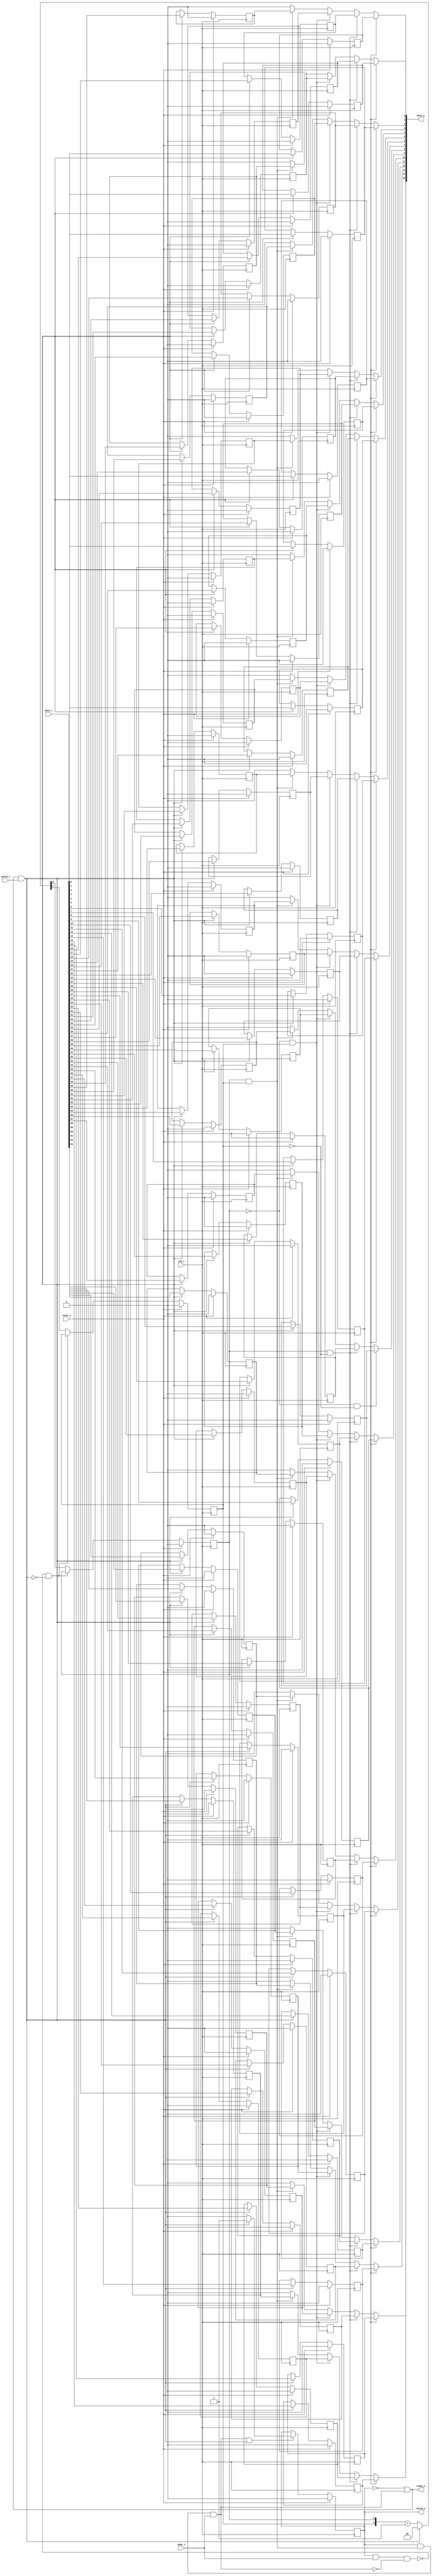
module bsg_parallel_in_serial_out_width_p16_els_p4
(
  clk_i,
  reset_i,
  valid_i,
  data_i,
  ready_o,
  valid_o,
  data_o,
  yumi_i
);

  input [63:0] data_i;
  output [15:0] data_o;
  input clk_i;
  input reset_i;
  input valid_i;
  input yumi_i;
  output ready_o;
  output valid_o;
  wire [15:0] data_o;
  wire ready_o,valid_o,N0,N1,piso_done_tx_n,N2,N3,N4,N5,N6,N7,N8,N9,N10,N11,N12,N13,
  N14,N15,N16,N17,N18,N19,N20,N21,N22,N23,N24,N25,N26,N27;
  wire [1:0] piso_shift_ctr_r;
  wire [0:0] piso_state_n;
  wire [63:0] piso_data_r;
  reg valid_o_sv2v_reg,piso_data_r_63_sv2v_reg,piso_data_r_62_sv2v_reg,
  piso_data_r_61_sv2v_reg,piso_data_r_60_sv2v_reg,piso_data_r_59_sv2v_reg,
  piso_data_r_58_sv2v_reg,piso_data_r_57_sv2v_reg,piso_data_r_56_sv2v_reg,piso_data_r_55_sv2v_reg,
  piso_data_r_54_sv2v_reg,piso_data_r_53_sv2v_reg,piso_data_r_52_sv2v_reg,
  piso_data_r_51_sv2v_reg,piso_data_r_50_sv2v_reg,piso_data_r_49_sv2v_reg,
  piso_data_r_48_sv2v_reg,piso_data_r_47_sv2v_reg,piso_data_r_46_sv2v_reg,piso_data_r_45_sv2v_reg,
  piso_data_r_44_sv2v_reg,piso_data_r_43_sv2v_reg,piso_data_r_42_sv2v_reg,
  piso_data_r_41_sv2v_reg,piso_data_r_40_sv2v_reg,piso_data_r_39_sv2v_reg,
  piso_data_r_38_sv2v_reg,piso_data_r_37_sv2v_reg,piso_data_r_36_sv2v_reg,piso_data_r_35_sv2v_reg,
  piso_data_r_34_sv2v_reg,piso_data_r_33_sv2v_reg,piso_data_r_32_sv2v_reg,
  piso_data_r_31_sv2v_reg,piso_data_r_30_sv2v_reg,piso_data_r_29_sv2v_reg,
  piso_data_r_28_sv2v_reg,piso_data_r_27_sv2v_reg,piso_data_r_26_sv2v_reg,piso_data_r_25_sv2v_reg,
  piso_data_r_24_sv2v_reg,piso_data_r_23_sv2v_reg,piso_data_r_22_sv2v_reg,
  piso_data_r_21_sv2v_reg,piso_data_r_20_sv2v_reg,piso_data_r_19_sv2v_reg,
  piso_data_r_18_sv2v_reg,piso_data_r_17_sv2v_reg,piso_data_r_16_sv2v_reg,piso_data_r_15_sv2v_reg,
  piso_data_r_14_sv2v_reg,piso_data_r_13_sv2v_reg,piso_data_r_12_sv2v_reg,
  piso_data_r_11_sv2v_reg,piso_data_r_10_sv2v_reg,piso_data_r_9_sv2v_reg,piso_data_r_8_sv2v_reg,
  piso_data_r_7_sv2v_reg,piso_data_r_6_sv2v_reg,piso_data_r_5_sv2v_reg,
  piso_data_r_4_sv2v_reg,piso_data_r_3_sv2v_reg,piso_data_r_2_sv2v_reg,piso_data_r_1_sv2v_reg,
  piso_data_r_0_sv2v_reg,piso_shift_ctr_r_1_sv2v_reg,piso_shift_ctr_r_0_sv2v_reg;
  assign valid_o = valid_o_sv2v_reg;
  assign piso_data_r[63] = piso_data_r_63_sv2v_reg;
  assign piso_data_r[62] = piso_data_r_62_sv2v_reg;
  assign piso_data_r[61] = piso_data_r_61_sv2v_reg;
  assign piso_data_r[60] = piso_data_r_60_sv2v_reg;
  assign piso_data_r[59] = piso_data_r_59_sv2v_reg;
  assign piso_data_r[58] = piso_data_r_58_sv2v_reg;
  assign piso_data_r[57] = piso_data_r_57_sv2v_reg;
  assign piso_data_r[56] = piso_data_r_56_sv2v_reg;
  assign piso_data_r[55] = piso_data_r_55_sv2v_reg;
  assign piso_data_r[54] = piso_data_r_54_sv2v_reg;
  assign piso_data_r[53] = piso_data_r_53_sv2v_reg;
  assign piso_data_r[52] = piso_data_r_52_sv2v_reg;
  assign piso_data_r[51] = piso_data_r_51_sv2v_reg;
  assign piso_data_r[50] = piso_data_r_50_sv2v_reg;
  assign piso_data_r[49] = piso_data_r_49_sv2v_reg;
  assign piso_data_r[48] = piso_data_r_48_sv2v_reg;
  assign piso_data_r[47] = piso_data_r_47_sv2v_reg;
  assign piso_data_r[46] = piso_data_r_46_sv2v_reg;
  assign piso_data_r[45] = piso_data_r_45_sv2v_reg;
  assign piso_data_r[44] = piso_data_r_44_sv2v_reg;
  assign piso_data_r[43] = piso_data_r_43_sv2v_reg;
  assign piso_data_r[42] = piso_data_r_42_sv2v_reg;
  assign piso_data_r[41] = piso_data_r_41_sv2v_reg;
  assign piso_data_r[40] = piso_data_r_40_sv2v_reg;
  assign piso_data_r[39] = piso_data_r_39_sv2v_reg;
  assign piso_data_r[38] = piso_data_r_38_sv2v_reg;
  assign piso_data_r[37] = piso_data_r_37_sv2v_reg;
  assign piso_data_r[36] = piso_data_r_36_sv2v_reg;
  assign piso_data_r[35] = piso_data_r_35_sv2v_reg;
  assign piso_data_r[34] = piso_data_r_34_sv2v_reg;
  assign piso_data_r[33] = piso_data_r_33_sv2v_reg;
  assign piso_data_r[32] = piso_data_r_32_sv2v_reg;
  assign piso_data_r[31] = piso_data_r_31_sv2v_reg;
  assign piso_data_r[30] = piso_data_r_30_sv2v_reg;
  assign piso_data_r[29] = piso_data_r_29_sv2v_reg;
  assign piso_data_r[28] = piso_data_r_28_sv2v_reg;
  assign piso_data_r[27] = piso_data_r_27_sv2v_reg;
  assign piso_data_r[26] = piso_data_r_26_sv2v_reg;
  assign piso_data_r[25] = piso_data_r_25_sv2v_reg;
  assign piso_data_r[24] = piso_data_r_24_sv2v_reg;
  assign piso_data_r[23] = piso_data_r_23_sv2v_reg;
  assign piso_data_r[22] = piso_data_r_22_sv2v_reg;
  assign piso_data_r[21] = piso_data_r_21_sv2v_reg;
  assign piso_data_r[20] = piso_data_r_20_sv2v_reg;
  assign piso_data_r[19] = piso_data_r_19_sv2v_reg;
  assign piso_data_r[18] = piso_data_r_18_sv2v_reg;
  assign piso_data_r[17] = piso_data_r_17_sv2v_reg;
  assign piso_data_r[16] = piso_data_r_16_sv2v_reg;
  assign piso_data_r[15] = piso_data_r_15_sv2v_reg;
  assign piso_data_r[14] = piso_data_r_14_sv2v_reg;
  assign piso_data_r[13] = piso_data_r_13_sv2v_reg;
  assign piso_data_r[12] = piso_data_r_12_sv2v_reg;
  assign piso_data_r[11] = piso_data_r_11_sv2v_reg;
  assign piso_data_r[10] = piso_data_r_10_sv2v_reg;
  assign piso_data_r[9] = piso_data_r_9_sv2v_reg;
  assign piso_data_r[8] = piso_data_r_8_sv2v_reg;
  assign piso_data_r[7] = piso_data_r_7_sv2v_reg;
  assign piso_data_r[6] = piso_data_r_6_sv2v_reg;
  assign piso_data_r[5] = piso_data_r_5_sv2v_reg;
  assign piso_data_r[4] = piso_data_r_4_sv2v_reg;
  assign piso_data_r[3] = piso_data_r_3_sv2v_reg;
  assign piso_data_r[2] = piso_data_r_2_sv2v_reg;
  assign piso_data_r[1] = piso_data_r_1_sv2v_reg;
  assign piso_data_r[0] = piso_data_r_0_sv2v_reg;
  assign piso_shift_ctr_r[1] = piso_shift_ctr_r_1_sv2v_reg;
  assign piso_shift_ctr_r[0] = piso_shift_ctr_r_0_sv2v_reg;

  always @(posedge clk_i) begin
    if(reset_i) begin
      valid_o_sv2v_reg <= 1'b0;
    end else if(N3) begin
      valid_o_sv2v_reg <= piso_state_n[0];
    end 
  end


  always @(posedge clk_i) begin
    if(reset_i) begin
      piso_data_r_63_sv2v_reg <= 1'b0;
    end else if(N6) begin
      piso_data_r_63_sv2v_reg <= data_i[63];
    end 
  end


  always @(posedge clk_i) begin
    if(reset_i) begin
      piso_data_r_62_sv2v_reg <= 1'b0;
    end else if(N6) begin
      piso_data_r_62_sv2v_reg <= data_i[62];
    end 
  end


  always @(posedge clk_i) begin
    if(reset_i) begin
      piso_data_r_61_sv2v_reg <= 1'b0;
    end else if(N6) begin
      piso_data_r_61_sv2v_reg <= data_i[61];
    end 
  end


  always @(posedge clk_i) begin
    if(reset_i) begin
      piso_data_r_60_sv2v_reg <= 1'b0;
    end else if(N6) begin
      piso_data_r_60_sv2v_reg <= data_i[60];
    end 
  end


  always @(posedge clk_i) begin
    if(reset_i) begin
      piso_data_r_59_sv2v_reg <= 1'b0;
    end else if(N6) begin
      piso_data_r_59_sv2v_reg <= data_i[59];
    end 
  end


  always @(posedge clk_i) begin
    if(reset_i) begin
      piso_data_r_58_sv2v_reg <= 1'b0;
    end else if(N6) begin
      piso_data_r_58_sv2v_reg <= data_i[58];
    end 
  end


  always @(posedge clk_i) begin
    if(reset_i) begin
      piso_data_r_57_sv2v_reg <= 1'b0;
    end else if(N6) begin
      piso_data_r_57_sv2v_reg <= data_i[57];
    end 
  end


  always @(posedge clk_i) begin
    if(reset_i) begin
      piso_data_r_56_sv2v_reg <= 1'b0;
    end else if(N6) begin
      piso_data_r_56_sv2v_reg <= data_i[56];
    end 
  end


  always @(posedge clk_i) begin
    if(reset_i) begin
      piso_data_r_55_sv2v_reg <= 1'b0;
    end else if(N6) begin
      piso_data_r_55_sv2v_reg <= data_i[55];
    end 
  end


  always @(posedge clk_i) begin
    if(reset_i) begin
      piso_data_r_54_sv2v_reg <= 1'b0;
    end else if(N6) begin
      piso_data_r_54_sv2v_reg <= data_i[54];
    end 
  end


  always @(posedge clk_i) begin
    if(reset_i) begin
      piso_data_r_53_sv2v_reg <= 1'b0;
    end else if(N6) begin
      piso_data_r_53_sv2v_reg <= data_i[53];
    end 
  end


  always @(posedge clk_i) begin
    if(reset_i) begin
      piso_data_r_52_sv2v_reg <= 1'b0;
    end else if(N6) begin
      piso_data_r_52_sv2v_reg <= data_i[52];
    end 
  end


  always @(posedge clk_i) begin
    if(reset_i) begin
      piso_data_r_51_sv2v_reg <= 1'b0;
    end else if(N6) begin
      piso_data_r_51_sv2v_reg <= data_i[51];
    end 
  end


  always @(posedge clk_i) begin
    if(reset_i) begin
      piso_data_r_50_sv2v_reg <= 1'b0;
    end else if(N6) begin
      piso_data_r_50_sv2v_reg <= data_i[50];
    end 
  end


  always @(posedge clk_i) begin
    if(reset_i) begin
      piso_data_r_49_sv2v_reg <= 1'b0;
    end else if(N6) begin
      piso_data_r_49_sv2v_reg <= data_i[49];
    end 
  end


  always @(posedge clk_i) begin
    if(reset_i) begin
      piso_data_r_48_sv2v_reg <= 1'b0;
    end else if(N6) begin
      piso_data_r_48_sv2v_reg <= data_i[48];
    end 
  end


  always @(posedge clk_i) begin
    if(reset_i) begin
      piso_data_r_47_sv2v_reg <= 1'b0;
    end else if(N6) begin
      piso_data_r_47_sv2v_reg <= data_i[47];
    end 
  end


  always @(posedge clk_i) begin
    if(reset_i) begin
      piso_data_r_46_sv2v_reg <= 1'b0;
    end else if(N6) begin
      piso_data_r_46_sv2v_reg <= data_i[46];
    end 
  end


  always @(posedge clk_i) begin
    if(reset_i) begin
      piso_data_r_45_sv2v_reg <= 1'b0;
    end else if(N6) begin
      piso_data_r_45_sv2v_reg <= data_i[45];
    end 
  end


  always @(posedge clk_i) begin
    if(reset_i) begin
      piso_data_r_44_sv2v_reg <= 1'b0;
    end else if(N6) begin
      piso_data_r_44_sv2v_reg <= data_i[44];
    end 
  end


  always @(posedge clk_i) begin
    if(reset_i) begin
      piso_data_r_43_sv2v_reg <= 1'b0;
    end else if(N6) begin
      piso_data_r_43_sv2v_reg <= data_i[43];
    end 
  end


  always @(posedge clk_i) begin
    if(reset_i) begin
      piso_data_r_42_sv2v_reg <= 1'b0;
    end else if(N6) begin
      piso_data_r_42_sv2v_reg <= data_i[42];
    end 
  end


  always @(posedge clk_i) begin
    if(reset_i) begin
      piso_data_r_41_sv2v_reg <= 1'b0;
    end else if(N6) begin
      piso_data_r_41_sv2v_reg <= data_i[41];
    end 
  end


  always @(posedge clk_i) begin
    if(reset_i) begin
      piso_data_r_40_sv2v_reg <= 1'b0;
    end else if(N6) begin
      piso_data_r_40_sv2v_reg <= data_i[40];
    end 
  end


  always @(posedge clk_i) begin
    if(reset_i) begin
      piso_data_r_39_sv2v_reg <= 1'b0;
    end else if(N6) begin
      piso_data_r_39_sv2v_reg <= data_i[39];
    end 
  end


  always @(posedge clk_i) begin
    if(reset_i) begin
      piso_data_r_38_sv2v_reg <= 1'b0;
    end else if(N6) begin
      piso_data_r_38_sv2v_reg <= data_i[38];
    end 
  end


  always @(posedge clk_i) begin
    if(reset_i) begin
      piso_data_r_37_sv2v_reg <= 1'b0;
    end else if(N6) begin
      piso_data_r_37_sv2v_reg <= data_i[37];
    end 
  end


  always @(posedge clk_i) begin
    if(reset_i) begin
      piso_data_r_36_sv2v_reg <= 1'b0;
    end else if(N6) begin
      piso_data_r_36_sv2v_reg <= data_i[36];
    end 
  end


  always @(posedge clk_i) begin
    if(reset_i) begin
      piso_data_r_35_sv2v_reg <= 1'b0;
    end else if(N6) begin
      piso_data_r_35_sv2v_reg <= data_i[35];
    end 
  end


  always @(posedge clk_i) begin
    if(reset_i) begin
      piso_data_r_34_sv2v_reg <= 1'b0;
    end else if(N6) begin
      piso_data_r_34_sv2v_reg <= data_i[34];
    end 
  end


  always @(posedge clk_i) begin
    if(reset_i) begin
      piso_data_r_33_sv2v_reg <= 1'b0;
    end else if(N6) begin
      piso_data_r_33_sv2v_reg <= data_i[33];
    end 
  end


  always @(posedge clk_i) begin
    if(reset_i) begin
      piso_data_r_32_sv2v_reg <= 1'b0;
    end else if(N6) begin
      piso_data_r_32_sv2v_reg <= data_i[32];
    end 
  end


  always @(posedge clk_i) begin
    if(reset_i) begin
      piso_data_r_31_sv2v_reg <= 1'b0;
    end else if(N6) begin
      piso_data_r_31_sv2v_reg <= data_i[31];
    end 
  end


  always @(posedge clk_i) begin
    if(reset_i) begin
      piso_data_r_30_sv2v_reg <= 1'b0;
    end else if(N6) begin
      piso_data_r_30_sv2v_reg <= data_i[30];
    end 
  end


  always @(posedge clk_i) begin
    if(reset_i) begin
      piso_data_r_29_sv2v_reg <= 1'b0;
    end else if(N6) begin
      piso_data_r_29_sv2v_reg <= data_i[29];
    end 
  end


  always @(posedge clk_i) begin
    if(reset_i) begin
      piso_data_r_28_sv2v_reg <= 1'b0;
    end else if(N6) begin
      piso_data_r_28_sv2v_reg <= data_i[28];
    end 
  end


  always @(posedge clk_i) begin
    if(reset_i) begin
      piso_data_r_27_sv2v_reg <= 1'b0;
    end else if(N6) begin
      piso_data_r_27_sv2v_reg <= data_i[27];
    end 
  end


  always @(posedge clk_i) begin
    if(reset_i) begin
      piso_data_r_26_sv2v_reg <= 1'b0;
    end else if(N6) begin
      piso_data_r_26_sv2v_reg <= data_i[26];
    end 
  end


  always @(posedge clk_i) begin
    if(reset_i) begin
      piso_data_r_25_sv2v_reg <= 1'b0;
    end else if(N6) begin
      piso_data_r_25_sv2v_reg <= data_i[25];
    end 
  end


  always @(posedge clk_i) begin
    if(reset_i) begin
      piso_data_r_24_sv2v_reg <= 1'b0;
    end else if(N6) begin
      piso_data_r_24_sv2v_reg <= data_i[24];
    end 
  end


  always @(posedge clk_i) begin
    if(reset_i) begin
      piso_data_r_23_sv2v_reg <= 1'b0;
    end else if(N6) begin
      piso_data_r_23_sv2v_reg <= data_i[23];
    end 
  end


  always @(posedge clk_i) begin
    if(reset_i) begin
      piso_data_r_22_sv2v_reg <= 1'b0;
    end else if(N6) begin
      piso_data_r_22_sv2v_reg <= data_i[22];
    end 
  end


  always @(posedge clk_i) begin
    if(reset_i) begin
      piso_data_r_21_sv2v_reg <= 1'b0;
    end else if(N6) begin
      piso_data_r_21_sv2v_reg <= data_i[21];
    end 
  end


  always @(posedge clk_i) begin
    if(reset_i) begin
      piso_data_r_20_sv2v_reg <= 1'b0;
    end else if(N6) begin
      piso_data_r_20_sv2v_reg <= data_i[20];
    end 
  end


  always @(posedge clk_i) begin
    if(reset_i) begin
      piso_data_r_19_sv2v_reg <= 1'b0;
    end else if(N6) begin
      piso_data_r_19_sv2v_reg <= data_i[19];
    end 
  end


  always @(posedge clk_i) begin
    if(reset_i) begin
      piso_data_r_18_sv2v_reg <= 1'b0;
    end else if(N6) begin
      piso_data_r_18_sv2v_reg <= data_i[18];
    end 
  end


  always @(posedge clk_i) begin
    if(reset_i) begin
      piso_data_r_17_sv2v_reg <= 1'b0;
    end else if(N6) begin
      piso_data_r_17_sv2v_reg <= data_i[17];
    end 
  end


  always @(posedge clk_i) begin
    if(reset_i) begin
      piso_data_r_16_sv2v_reg <= 1'b0;
    end else if(N6) begin
      piso_data_r_16_sv2v_reg <= data_i[16];
    end 
  end


  always @(posedge clk_i) begin
    if(reset_i) begin
      piso_data_r_15_sv2v_reg <= 1'b0;
    end else if(N6) begin
      piso_data_r_15_sv2v_reg <= data_i[15];
    end 
  end


  always @(posedge clk_i) begin
    if(reset_i) begin
      piso_data_r_14_sv2v_reg <= 1'b0;
    end else if(N6) begin
      piso_data_r_14_sv2v_reg <= data_i[14];
    end 
  end


  always @(posedge clk_i) begin
    if(reset_i) begin
      piso_data_r_13_sv2v_reg <= 1'b0;
    end else if(N6) begin
      piso_data_r_13_sv2v_reg <= data_i[13];
    end 
  end


  always @(posedge clk_i) begin
    if(reset_i) begin
      piso_data_r_12_sv2v_reg <= 1'b0;
    end else if(N6) begin
      piso_data_r_12_sv2v_reg <= data_i[12];
    end 
  end


  always @(posedge clk_i) begin
    if(reset_i) begin
      piso_data_r_11_sv2v_reg <= 1'b0;
    end else if(N6) begin
      piso_data_r_11_sv2v_reg <= data_i[11];
    end 
  end


  always @(posedge clk_i) begin
    if(reset_i) begin
      piso_data_r_10_sv2v_reg <= 1'b0;
    end else if(N6) begin
      piso_data_r_10_sv2v_reg <= data_i[10];
    end 
  end


  always @(posedge clk_i) begin
    if(reset_i) begin
      piso_data_r_9_sv2v_reg <= 1'b0;
    end else if(N6) begin
      piso_data_r_9_sv2v_reg <= data_i[9];
    end 
  end


  always @(posedge clk_i) begin
    if(reset_i) begin
      piso_data_r_8_sv2v_reg <= 1'b0;
    end else if(N6) begin
      piso_data_r_8_sv2v_reg <= data_i[8];
    end 
  end


  always @(posedge clk_i) begin
    if(reset_i) begin
      piso_data_r_7_sv2v_reg <= 1'b0;
    end else if(N6) begin
      piso_data_r_7_sv2v_reg <= data_i[7];
    end 
  end


  always @(posedge clk_i) begin
    if(reset_i) begin
      piso_data_r_6_sv2v_reg <= 1'b0;
    end else if(N6) begin
      piso_data_r_6_sv2v_reg <= data_i[6];
    end 
  end


  always @(posedge clk_i) begin
    if(reset_i) begin
      piso_data_r_5_sv2v_reg <= 1'b0;
    end else if(N6) begin
      piso_data_r_5_sv2v_reg <= data_i[5];
    end 
  end


  always @(posedge clk_i) begin
    if(reset_i) begin
      piso_data_r_4_sv2v_reg <= 1'b0;
    end else if(N6) begin
      piso_data_r_4_sv2v_reg <= data_i[4];
    end 
  end


  always @(posedge clk_i) begin
    if(reset_i) begin
      piso_data_r_3_sv2v_reg <= 1'b0;
    end else if(N6) begin
      piso_data_r_3_sv2v_reg <= data_i[3];
    end 
  end


  always @(posedge clk_i) begin
    if(reset_i) begin
      piso_data_r_2_sv2v_reg <= 1'b0;
    end else if(N6) begin
      piso_data_r_2_sv2v_reg <= data_i[2];
    end 
  end


  always @(posedge clk_i) begin
    if(reset_i) begin
      piso_data_r_1_sv2v_reg <= 1'b0;
    end else if(N6) begin
      piso_data_r_1_sv2v_reg <= data_i[1];
    end 
  end


  always @(posedge clk_i) begin
    if(reset_i) begin
      piso_data_r_0_sv2v_reg <= 1'b0;
    end else if(N6) begin
      piso_data_r_0_sv2v_reg <= data_i[0];
    end 
  end


  always @(posedge clk_i) begin
    if(reset_i) begin
      piso_shift_ctr_r_1_sv2v_reg <= 1'b0;
    end else if(N22) begin
      piso_shift_ctr_r_1_sv2v_reg <= N10;
    end 
  end


  always @(posedge clk_i) begin
    if(reset_i) begin
      piso_shift_ctr_r_0_sv2v_reg <= 1'b0;
    end else if(N22) begin
      piso_shift_ctr_r_0_sv2v_reg <= N9;
    end 
  end

  assign data_o[15] = (N17)? piso_data_r[15] : 
                      (N19)? piso_data_r[31] : 
                      (N18)? piso_data_r[47] : 
                      (N20)? piso_data_r[63] : 1'b0;
  assign data_o[14] = (N17)? piso_data_r[14] : 
                      (N19)? piso_data_r[30] : 
                      (N18)? piso_data_r[46] : 
                      (N20)? piso_data_r[62] : 1'b0;
  assign data_o[13] = (N17)? piso_data_r[13] : 
                      (N19)? piso_data_r[29] : 
                      (N18)? piso_data_r[45] : 
                      (N20)? piso_data_r[61] : 1'b0;
  assign data_o[12] = (N17)? piso_data_r[12] : 
                      (N19)? piso_data_r[28] : 
                      (N18)? piso_data_r[44] : 
                      (N20)? piso_data_r[60] : 1'b0;
  assign data_o[11] = (N17)? piso_data_r[11] : 
                      (N19)? piso_data_r[27] : 
                      (N18)? piso_data_r[43] : 
                      (N20)? piso_data_r[59] : 1'b0;
  assign data_o[10] = (N17)? piso_data_r[10] : 
                      (N19)? piso_data_r[26] : 
                      (N18)? piso_data_r[42] : 
                      (N20)? piso_data_r[58] : 1'b0;
  assign data_o[9] = (N17)? piso_data_r[9] : 
                     (N19)? piso_data_r[25] : 
                     (N18)? piso_data_r[41] : 
                     (N20)? piso_data_r[57] : 1'b0;
  assign data_o[8] = (N17)? piso_data_r[8] : 
                     (N19)? piso_data_r[24] : 
                     (N18)? piso_data_r[40] : 
                     (N20)? piso_data_r[56] : 1'b0;
  assign data_o[7] = (N17)? piso_data_r[7] : 
                     (N19)? piso_data_r[23] : 
                     (N18)? piso_data_r[39] : 
                     (N20)? piso_data_r[55] : 1'b0;
  assign data_o[6] = (N17)? piso_data_r[6] : 
                     (N19)? piso_data_r[22] : 
                     (N18)? piso_data_r[38] : 
                     (N20)? piso_data_r[54] : 1'b0;
  assign data_o[5] = (N17)? piso_data_r[5] : 
                     (N19)? piso_data_r[21] : 
                     (N18)? piso_data_r[37] : 
                     (N20)? piso_data_r[53] : 1'b0;
  assign data_o[4] = (N17)? piso_data_r[4] : 
                     (N19)? piso_data_r[20] : 
                     (N18)? piso_data_r[36] : 
                     (N20)? piso_data_r[52] : 1'b0;
  assign data_o[3] = (N17)? piso_data_r[3] : 
                     (N19)? piso_data_r[19] : 
                     (N18)? piso_data_r[35] : 
                     (N20)? piso_data_r[51] : 1'b0;
  assign data_o[2] = (N17)? piso_data_r[2] : 
                     (N19)? piso_data_r[18] : 
                     (N18)? piso_data_r[34] : 
                     (N20)? piso_data_r[50] : 1'b0;
  assign data_o[1] = (N17)? piso_data_r[1] : 
                     (N19)? piso_data_r[17] : 
                     (N18)? piso_data_r[33] : 
                     (N20)? piso_data_r[49] : 1'b0;
  assign data_o[0] = (N17)? piso_data_r[0] : 
                     (N19)? piso_data_r[16] : 
                     (N18)? piso_data_r[32] : 
                     (N20)? piso_data_r[48] : 1'b0;
  assign N23 = ~valid_o;
  assign N24 = piso_shift_ctr_r[0] & piso_shift_ctr_r[1];
  assign { N14, N13 } = piso_shift_ctr_r + 1'b1;
  assign piso_state_n[0] = (N0)? 1'b1 : 
                           (N5)? 1'b0 : 1'b0;
  assign N0 = N2;
  assign { N10, N9 } = (N1)? { 1'b0, 1'b0 } : 
                       (N8)? { N14, N13 } : 1'b0;
  assign N1 = N7;
  assign piso_done_tx_n = N25 & yumi_i;
  assign N25 = valid_o & N24;
  assign ready_o = N23 | piso_done_tx_n;
  assign N2 = ready_o & valid_i;
  assign N3 = piso_done_tx_n | N2;
  assign N4 = ~N2;
  assign N5 = piso_done_tx_n & N4;
  assign N6 = ready_o & valid_i;
  assign N7 = ready_o & valid_i;
  assign N8 = ~N7;
  assign N11 = N26 & N27;
  assign N26 = valid_o & yumi_i;
  assign N27 = ~piso_done_tx_n;
  assign N12 = ~N11;
  assign N15 = ~piso_shift_ctr_r[0];
  assign N16 = ~piso_shift_ctr_r[1];
  assign N17 = N15 & N16;
  assign N18 = N15 & piso_shift_ctr_r[1];
  assign N19 = piso_shift_ctr_r[0] & N16;
  assign N20 = piso_shift_ctr_r[0] & piso_shift_ctr_r[1];
  assign N21 = N12 & N8;
  assign N22 = ~N21;

endmodule